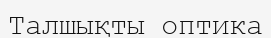
Талшықты оптика